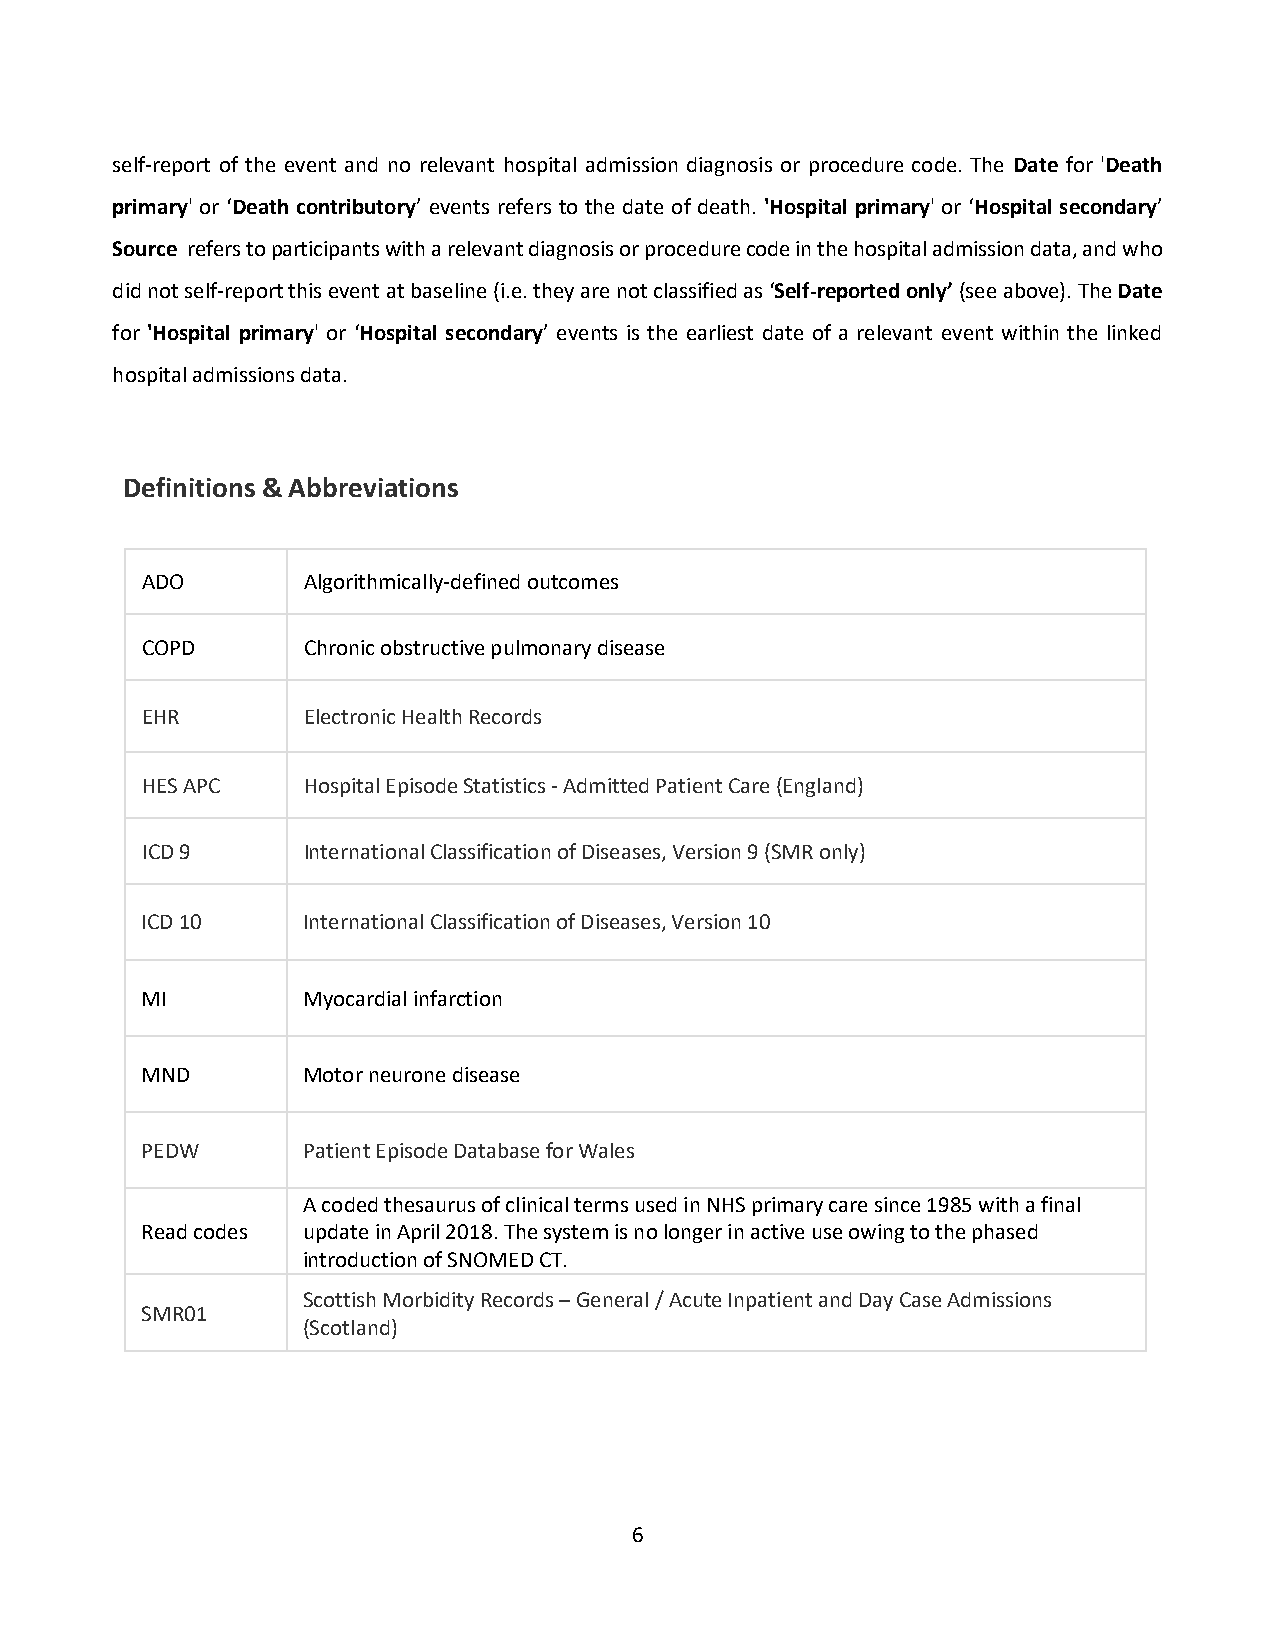
self-report of the event and no relevant hospital admission diagnosis or procedure code. The Date for 'Death
 primary' or ‘Death contributory’ events refers to the date of death. 'Hospital primary' or ‘Hospital secondary’
 Source refers to participants with a relevant diagnosis or procedure code in the hospital admission data, and who
 did not self-report this event at baseline (i.e. they are not classified as ‘Self-reported only’ (see above). The Date
 for 'Hospital primary' or ‘Hospital secondary’ events is the earliest date of a relevant event within the linked
 hospital admissions data.
 Definitions & Abbreviations
 ADO        Algorithmically-defined outcomes
 COPD       Chronic obstructive pulmonary disease
 EHR        Electronic Health Records
 HES APC    Hospital Episode Statistics - Admitted Patient Care (England)
 ICD 9      International Classification of Diseases, Version 9 (SMR only)
 ICD 10     International Classification of Diseases, Version 10
 MI         Myocardial infarction
 MND        Motor neurone disease
 PEDW       Patient Episode Database for Wales
 A coded thesaurus of clinical terms used in NHS primary care since 1985 with a final
 Read codes update in April 2018. The system is no longer in active use owing to the phased
 introduction of SNOMED CT.
 Scottish Morbidity Records – General / Acute Inpatient and Day Case Admissions
 SMR01
 (Scotland)
 6